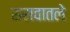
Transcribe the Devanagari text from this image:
सरावातले